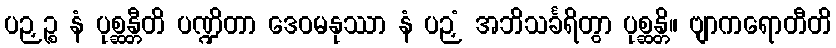
ပဉှဉ္စ နံ ပုစ္ဆန္တီတိ ပဏ္ဍိတာ ဒေဝမနုဿာ နံ ပဉှံ အဘိသင်္ခရိတွာ ပုစ္ဆန္တိ။ ဗျာကရောတီတိ